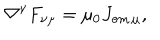
LaTeX: \nabla ^ { \nu } F _ { \nu \mu } = \mu _ { 0 } J _ { \mathrm { e m } \, \mu } ,